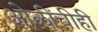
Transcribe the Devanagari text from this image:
ओळींचीही